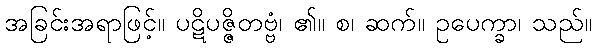
အခြင်းအရာဖြင့်။ ပဋိပဇ္ဇိတဗ္ဗံ၊ ၏။ စ၊ ဆက်။ ဥပေက္ခာ၊ သည်။